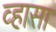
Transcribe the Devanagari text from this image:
व्हासा